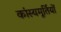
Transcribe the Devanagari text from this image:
कांस्यमूर्तियों